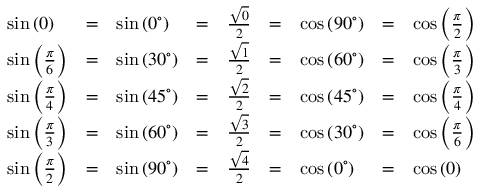
\begin{array} { l l l l l l l l l } { \sin \left( 0 \right) } & { = } & { \sin \left( 0 ^ { \circ } \right) } & { = } & { { \frac { \sqrt { 0 } } { 2 } } } & { = } & { \cos \left( 9 0 ^ { \circ } \right) } & { = } & { \cos \left( { \frac { \pi } { 2 } } \right) } \\ { \sin \left( { \frac { \pi } { 6 } } \right) } & { = } & { \sin \left( 3 0 ^ { \circ } \right) } & { = } & { { \frac { \sqrt { 1 } } { 2 } } } & { = } & { \cos \left( 6 0 ^ { \circ } \right) } & { = } & { \cos \left( { \frac { \pi } { 3 } } \right) } \\ { \sin \left( { \frac { \pi } { 4 } } \right) } & { = } & { \sin \left( 4 5 ^ { \circ } \right) } & { = } & { { \frac { \sqrt { 2 } } { 2 } } } & { = } & { \cos \left( 4 5 ^ { \circ } \right) } & { = } & { \cos \left( { \frac { \pi } { 4 } } \right) } \\ { \sin \left( { \frac { \pi } { 3 } } \right) } & { = } & { \sin \left( 6 0 ^ { \circ } \right) } & { = } & { { \frac { \sqrt { 3 } } { 2 } } } & { = } & { \cos \left( 3 0 ^ { \circ } \right) } & { = } & { \cos \left( { \frac { \pi } { 6 } } \right) } \\ { \sin \left( { \frac { \pi } { 2 } } \right) } & { = } & { \sin \left( 9 0 ^ { \circ } \right) } & { = } & { { \frac { \sqrt { 4 } } { 2 } } } & { = } & { \cos \left( 0 ^ { \circ } \right) } & { = } & { \cos \left( 0 \right) } \end{array}